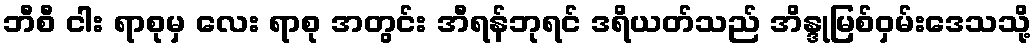
ဘီစီ ငါး ရာစုမှ လေး ရာစု အတွင်း အီရန်ဘုရင် ဒရိယတ်သည် အိန္ဒုမြစ်ဝှမ်းဒေသသို့